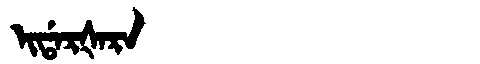
Manchu: ᡳᡩᠠᡵᡧᠠᡵᠠ
Romanization: IDARŠARA